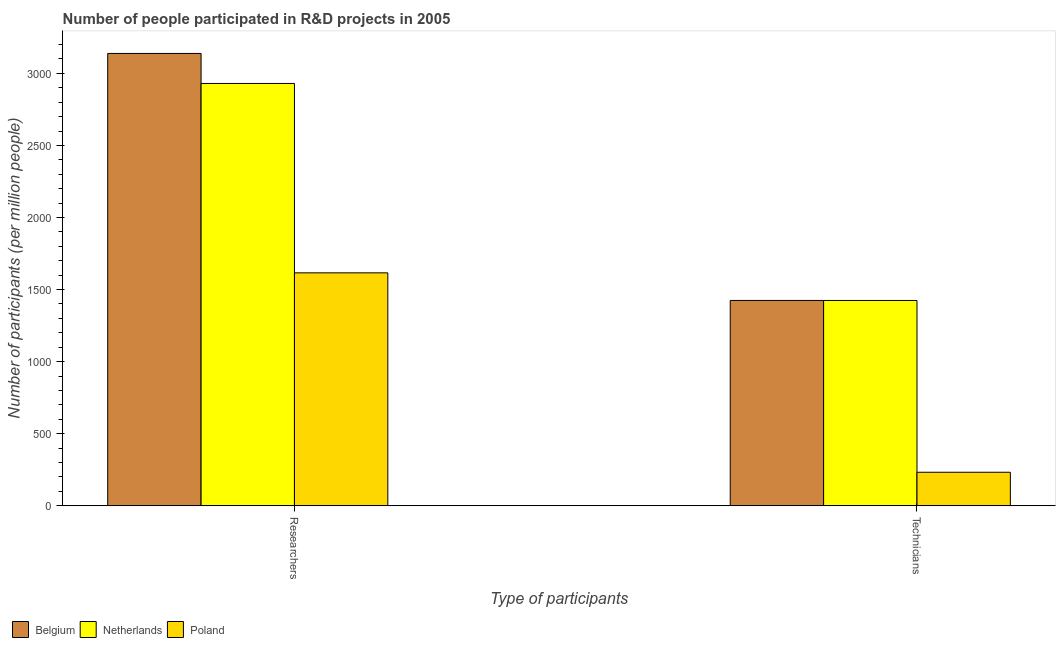
| Type of participants | Belgium | Netherlands | Poland |
 | --- | --- | --- | --- |
 | Researchers | 3.14e+03 | 2.93e+03 | 1.62e+03 |
 | Technicians | 1.42e+03 | 1.42e+03 | 233 |